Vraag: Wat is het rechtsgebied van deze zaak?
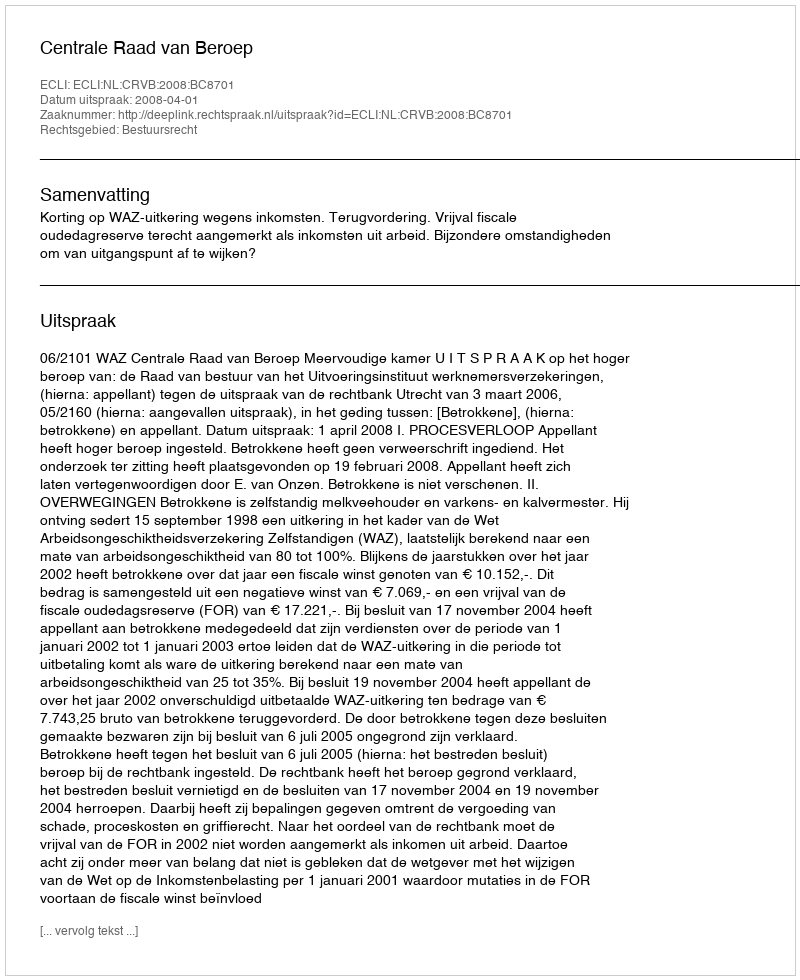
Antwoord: Bestuursrecht